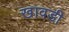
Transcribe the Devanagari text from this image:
खावडी